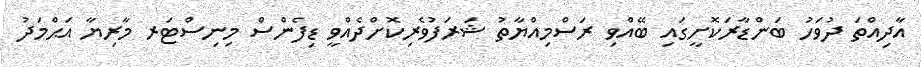
އާދިއްތަ ދުވަހު ބަންޑާރަކޮށީގައި ބޭއްވި ރަސްމިއްޔާތު ޝަރަފުވެރިކޮށްދެއްވީ ޑިފެންސް މިނިސްޓަރ މާރިޔާ އަޙްމަދު